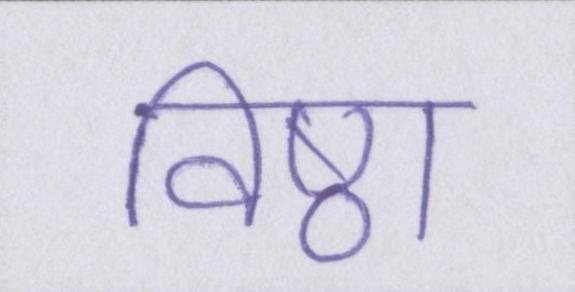
विष्ठा